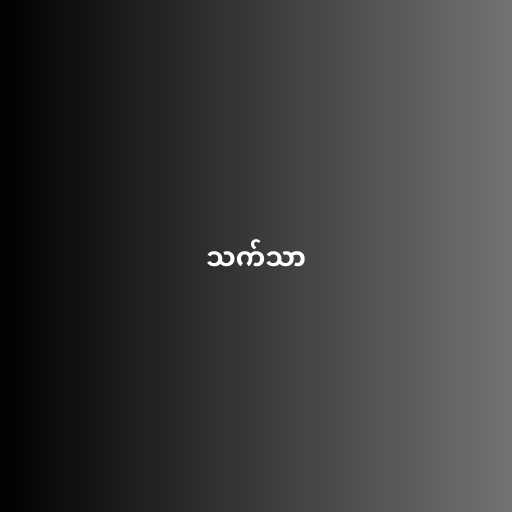
သက်သာ